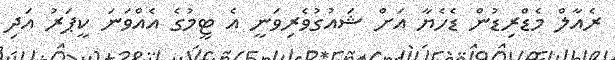
ރެއާލް މެޑްރިޑުން ޑެހެޔާ އަށް ޝައުގުވެރިވަނީ އެ ޓީމުގެ އެއްވަނަ ކީޕަރު އަދި